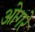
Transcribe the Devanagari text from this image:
ओगरे